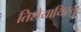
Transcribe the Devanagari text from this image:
तिशैयायिरत्तु